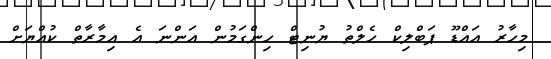
މިހާރު އައްޑޫ ޕަބްލިކް ހެލްތު ޔުނިޓް ހިންގަމުން އަންނަ އެ އިމާރާތް ކުއްޔަށް